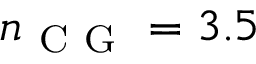
n _ { \mathrm { ~ C ~ G ~ } } = 3 . 5